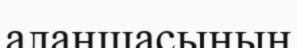
алаңшасының